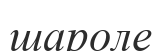
шароле